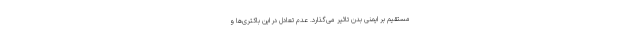
مستقیم بر ایمنی بدن تاثیر می‌گذارد. عدم تعادل در این باکتری‌ها و